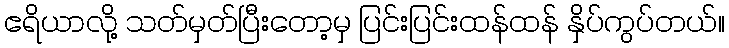
ဧရိယာလို့ သတ်မှတ်ပြီးတော့မှ ပြင်းပြင်းထန်ထန် နှိပ်ကွပ်တယ်။